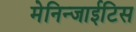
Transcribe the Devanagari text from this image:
मेनिन्जाईटिस